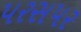
પરસપર